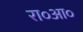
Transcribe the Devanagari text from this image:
रा०आ०